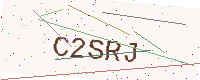
Text: C2SRJ